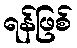
ရန်ဖြစ်